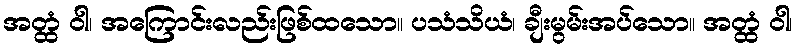
အတ္ထံ ဝါ၊ အကြောင်းလည်းဖြစ်ထသော။ ပသံသိယံ၊ ချီးမွမ်းအပ်သော။ အတ္ထံ ဝါ၊